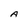
Character: A